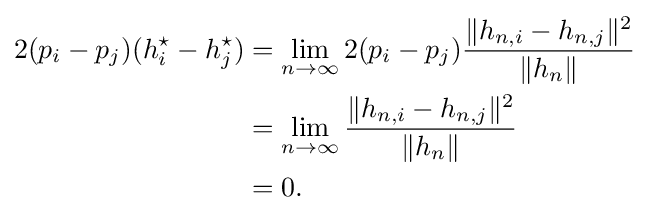
{\begin{aligned}2(p_{i}-p_{j})(h_{i}^{\star }-h_{j}^{\star })&=\lim _{n\rightarrow \infty }2(p_{i}-p_{j}){\frac {\|h_{n,i}-h_{n,j}\|^{2}}{\|h_{n}\|}}\\&=\lim _{n\rightarrow \infty }{\frac {\|h_{n,i}-h_{n,j}\|^{2}}{\|h_{n}\|}}\\&=0.\end{aligned}}